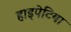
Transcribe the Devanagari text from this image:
हाइपेटिया